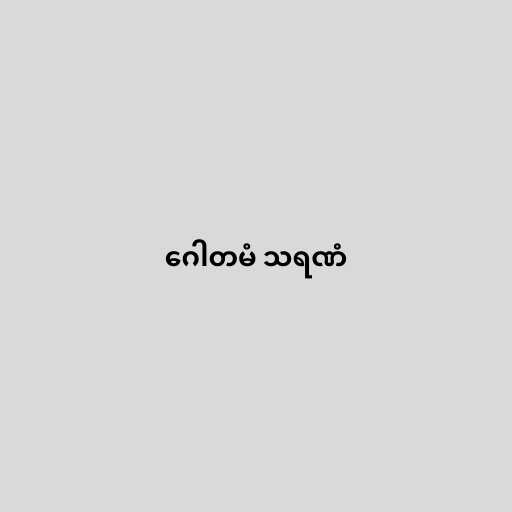
ဂေါတမံ သရဏံ